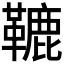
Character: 𩌫